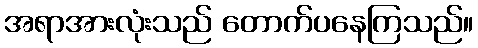
အရာအားလုံးသည် တောက်ပနေကြသည်။